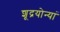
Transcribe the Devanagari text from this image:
शूद्रयोन्यां